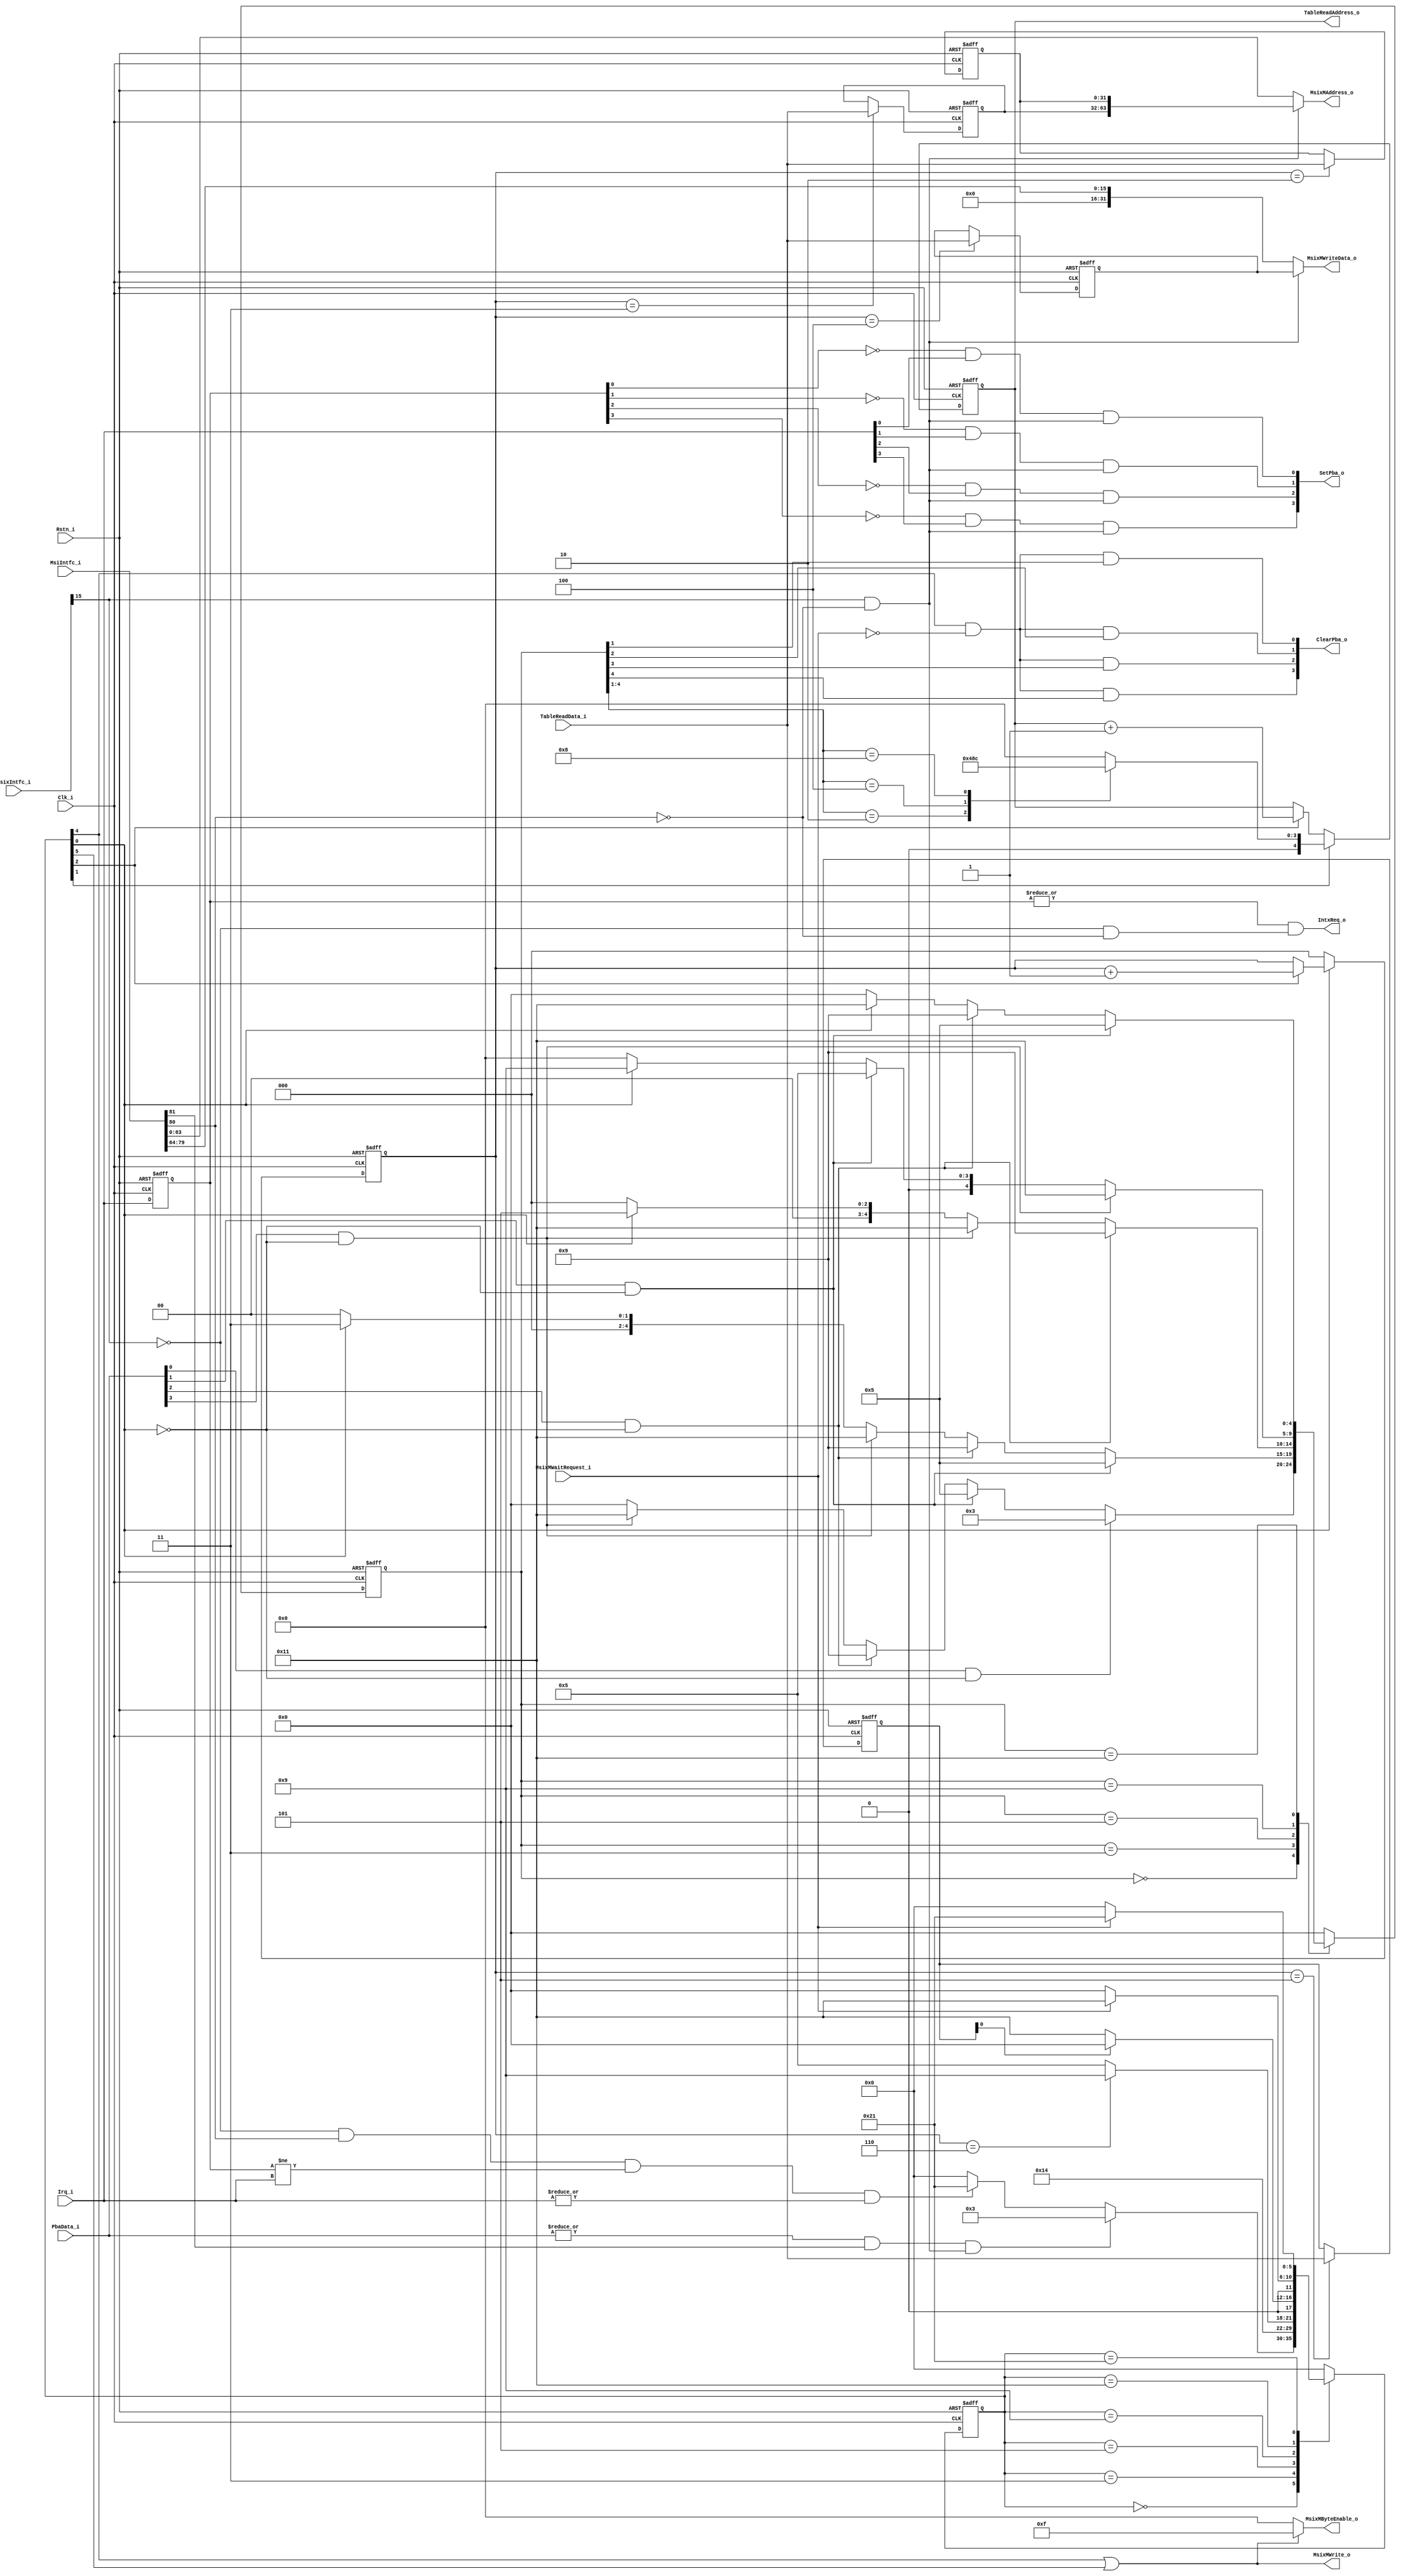
// (C) 1992-2019 Intel Corporation.                            
// Intel, the Intel logo, Intel, MegaCore, NIOS II, Quartus and TalkBack words    
// and logos are trademarks of Intel Corporation or its subsidiaries in the U.S.  
// and/or other countries. Other marks and brands may be claimed as the property  
// of others. See Trademarks on intel.com for full list of Intel trademarks or    
// the Trademarks & Brands Names Database (if Intel) or See www.Intel.com/legal (if Altera) 
// Your use of Intel Corporation's design tools, logic functions and other        
// software and tools, and its AMPP partner logic functions, and any output       
// files any of the foregoing (including device programming or simulation         
// files), and any associated documentation or information are expressly subject  
// to the terms and conditions of the Altera Program License Subscription         
// Agreement, Intel MegaCore Function License Agreement, or other applicable      
// license agreement, including, without limitation, that your use is for the     
// sole purpose of programming logic devices manufactured by Intel and sold by    
// Intel or its authorized distributors.  Please refer to the applicable          
// agreement for further details.                                                 

module msix_trans_gen 
(
    input                                   Clk_i,
    input                                   Rstn_i,
// Master Interface
    output                                  MsixMWrite_o,
    output     [63:0]                       MsixMAddress_o,
    output     [31:0]                       MsixMWriteData_o,
    output     [3:0]                        MsixMByteEnable_o,
    input                                   MsixMWaitRequest_i,

// MSI-X Structure interface
    output    [4:0]                         TableReadAddress_o,    
    input     [31:0]                        TableReadData_i,       
    output    [3:0]                         ClearPba_o,    
    output    [3:0]                         SetPba_o,
    input     [3:0]                         PbaData_i,
 
// IRQ interface
    input     [3:0]                         Irq_i,   
   
/// PCIe Interrupt Interface
    input     [81:0]                        MsiIntfc_i,
    input     [15:0]                        MsixIntfc_i,
    output                                  IntxReq_o
   
);
   
localparam            MSIX_IDLE           = 6'h00;
localparam            MSIX_PIPE           = 6'h03;
localparam            MSIX_READ_TABLE     = 6'h05;  
localparam            MSIX_CHECK_MASK     = 6'h09;  
localparam            MSIX_MSIXWR         = 6'h11;
localparam            MSIX_MSIWR          = 6'h21;

localparam            ARB_IDLE            = 5'h00;
localparam            ARB_GRANT_0         = 5'h03; 
localparam            ARB_GRANT_1         = 5'h05;  
localparam            ARB_GRANT_2         = 5'h09;     
localparam            ARB_GRANT_3         = 5'h11;  

wire                  msix_mode;     
wire                  msi_mode;
wire                  intx_mode;
wire                  master_enable;
wire                  msix_enable;
wire                  msi_enable;       
wire                  vector_masked;
reg    [5:0]          msix_state;
reg    [5:0]          msix_nxt_state;
reg    [4:0]          arb_nxt_state;
reg    [4:0]          arb_state;
wire   [3:0]          msix_grant;
wire                  msix_sm_idle;
wire                  msix_sm_read_table;
wire                  msix_sm_pipe;
wire                  msix_sm_msiwr;
wire                  msix_sm_msixwr;
wire   [63:0]         msix_address;
wire   [31:0]         msix_data;
wire   [63:0]         msi_address;
wire   [15:0]         msi_data;
reg    [1:0]          msi_msg_num;
reg    [4:0]          addr_cntr;
reg    [2:0]          delay_cntr;
reg    [127:0]        msix_entry_reg;
wire                  irq_change;
reg    [3:0]         irq_reg;
wire   [3:0]         irq_rise;


assign msi_enable       = MsiIntfc_i[80];
assign master_enable    = MsiIntfc_i[81];  
assign msix_enable      = MsixIntfc_i[15];
 

assign msix_mode =  msix_enable & ~msi_enable;
assign msi_mode  =  ~msix_enable & msi_enable;
assign intx_mode =  ~msix_enable & ~msi_enable;


/// Generate INtx
assign IntxReq_o = |irq_reg & intx_mode ;


always @(posedge Clk_i or negedge Rstn_i)
 begin
    if(~Rstn_i)
       irq_reg <= 4'h0;
    else
       irq_reg <= Irq_i;   
 end
   
assign irq_change = irq_reg != Irq_i;

always @(posedge Clk_i or negedge Rstn_i)
 begin
    if(~Rstn_i)
       msix_state <= 6'h0;
    else
       msix_state <= msix_nxt_state;   
 end

always @*
begin
    case(msix_state)
       MSIX_IDLE :
          if(|PbaData_i[3:0] & master_enable & msix_mode)
             msix_nxt_state <= MSIX_PIPE;
          else if(msi_mode & irq_change & |Irq_i)
            msix_nxt_state <= MSIX_MSIWR;
          else
             msix_nxt_state <= MSIX_IDLE;
       MSIX_PIPE :
          msix_nxt_state <= MSIX_READ_TABLE;
       MSIX_READ_TABLE :
          if(delay_cntr == 6)  // ram actual read latency + 4 DWs
             msix_nxt_state <= MSIX_CHECK_MASK;
          else
             msix_nxt_state <= MSIX_READ_TABLE;  
                
       MSIX_CHECK_MASK :
          if(vector_masked)
             msix_nxt_state <= MSIX_IDLE;
          else
             msix_nxt_state <= MSIX_MSIXWR;
       MSIX_MSIXWR :
          if(~MsixMWaitRequest_i)
             msix_nxt_state <= MSIX_IDLE;
          else
             msix_nxt_state <= MSIX_MSIXWR;
       MSIX_MSIWR :
          if(~MsixMWaitRequest_i)
             msix_nxt_state <= MSIX_IDLE;
          else
             msix_nxt_state <= MSIX_MSIWR;
       default:
          msix_nxt_state <= MSIX_IDLE;
    endcase
end 

assign   msix_sm_idle          = ~msix_state[0];
assign   msix_sm_read_table    = msix_state[2];
assign   msix_sm_pipe          = msix_state[1];
assign   msix_sm_msiwr         =   msix_state[5];
assign   msix_sm_msixwr        = msix_state[4];

// MSIX Table entry reading
/// IRQ service arbitration (round robin)
      
      
always @(posedge Clk_i or negedge Rstn_i)
begin
  if(~Rstn_i)
     arb_state <= 5'h0;
  else
     arb_state <= arb_nxt_state;   
end

      
always @*
begin
  case(arb_state)
    ARB_IDLE :
       if(PbaData_i[0] & msix_sm_idle)
          arb_nxt_state <= ARB_GRANT_0;
       else if(PbaData_i[1] & msix_sm_idle)
         arb_nxt_state <= ARB_GRANT_1;
       else if(PbaData_i[2] & msix_sm_idle)
         arb_nxt_state <= ARB_GRANT_2;
       else if(PbaData_i[3] & msix_sm_idle)
         arb_nxt_state <= ARB_GRANT_3;
       else
          arb_nxt_state <= ARB_IDLE;
          
    ARB_GRANT_0 :
       if(PbaData_i[1] & msix_sm_idle)
         arb_nxt_state <= ARB_GRANT_1;
       else if(PbaData_i[2] & msix_sm_idle)
         arb_nxt_state <= ARB_GRANT_2;
       else if(PbaData_i[3] & msix_sm_idle)
         arb_nxt_state <= ARB_GRANT_3;
       else if(msix_sm_idle)
          arb_nxt_state <= ARB_IDLE;
       else
          arb_nxt_state <= ARB_GRANT_0;

    ARB_GRANT_1 :
       if(PbaData_i[2] & msix_sm_idle)
         arb_nxt_state <= ARB_GRANT_2;
       else if(PbaData_i[3] & msix_sm_idle)
         arb_nxt_state <= ARB_GRANT_3;
       else if(msix_sm_idle)
          arb_nxt_state <= ARB_IDLE;
       else
          arb_nxt_state <= ARB_GRANT_1;         
          
    ARB_GRANT_2 :
       if(PbaData_i[3] & msix_sm_idle)
         arb_nxt_state <= ARB_GRANT_3;
       else if(PbaData_i[1] & msix_sm_idle)
         arb_nxt_state <= ARB_GRANT_1;
       else if(msix_sm_idle)
          arb_nxt_state <= ARB_IDLE;
       else
          arb_nxt_state <= ARB_GRANT_2;         

    ARB_GRANT_3 :
       if(PbaData_i[1] & msix_sm_idle)
         arb_nxt_state <= ARB_GRANT_1;
       else if(PbaData_i[2] & msix_sm_idle)
         arb_nxt_state <= ARB_GRANT_2;
       else if(msix_sm_idle)
          arb_nxt_state <= ARB_IDLE;
       else
          arb_nxt_state <= ARB_GRANT_3;         
                            
    default:
       arb_nxt_state <= ARB_IDLE;
  endcase
end

assign msix_grant[3:0] = arb_state[4:1];

/// ram address counter
always @ (posedge Clk_i or negedge Rstn_i)
begin
  if(~Rstn_i)
    addr_cntr <= 5'h0;
  else if(msix_sm_pipe)   // load address based on grant
    case (msix_grant)
       4'b0010 :    addr_cntr <= 5'h4;
       4'b0100 :    addr_cntr <= 5'h08;
       4'b1000 :    addr_cntr <= 5'hC;
       default :    addr_cntr <= 5'h0;
    endcase
  else if(msix_sm_read_table)
    addr_cntr <= addr_cntr + 1;
end
   
// ram delay counter   
always @ (posedge Clk_i or negedge Rstn_i)
begin
  if(~Rstn_i)
     delay_cntr <= 3'h0;
  else if(msix_sm_idle)   
     delay_cntr <= 3'h0;
  else if(msix_sm_read_table)
     delay_cntr <= delay_cntr + 1;
end

/// table entry register

generate
  genvar i;
  for(i=0; i< 4; i=i+1)
  begin : TABLE_ENTRY
    always@ (posedge Clk_i or negedge Rstn_i)
    begin
       if(~Rstn_i)
          msix_entry_reg[((i+1)*32)-1:i*32] <= 32'h0;
       else if(delay_cntr == (i + 2))   
          msix_entry_reg[((i+1)*32)-1:i*32] <= TableReadData_i;
    end
  end
endgenerate

assign vector_masked = msix_entry_reg[96];
/// Clearing the PBA bits
assign irq_rise[0]              = ~irq_reg[0] & Irq_i[0];
assign ClearPba_o[0]            = (msix_sm_msixwr & ~MsixMWaitRequest_i & msix_grant[0]);
assign SetPba_o[0]              = irq_rise[0] & msix_mode;

assign irq_rise[1]              = ~irq_reg[1] & Irq_i[1];
assign ClearPba_o[1]            = (msix_sm_msixwr & ~MsixMWaitRequest_i & msix_grant[1]);
assign SetPba_o[1]              = irq_rise[1] & msix_mode;

assign irq_rise[2]              = ~irq_reg[2] & Irq_i[2];
assign ClearPba_o[2]            = (msix_sm_msixwr & ~MsixMWaitRequest_i & msix_grant[2]);
assign SetPba_o[2]              = irq_rise[2] & msix_mode;

assign irq_rise[3]              = ~irq_reg[3] & Irq_i[3];
assign ClearPba_o[3]            = (msix_sm_msixwr & ~MsixMWaitRequest_i & msix_grant[3]);
assign SetPba_o[3]              = irq_rise[3] & msix_mode;


// Write address/data
always @*  // encode lower 2 bits of MSI data
begin
   case(Irq_i)
     4'b0010 : msi_msg_num <= 2'b01;      
     4'b0100 : msi_msg_num <= 2'b10;
     4'b1000 : msi_msg_num <= 2'b11;   
     default :   msi_msg_num <= 2'b00;
   endcase
end
  
assign TableReadAddress_o = addr_cntr[4:0];
  
assign msix_address      = msix_entry_reg[63:0];
assign msi_address      = MsiIntfc_i[63:0];        
assign msix_data         = msix_entry_reg[95:64];
assign msi_data          = MsiIntfc_i[79:64];


assign MsixMWrite_o      = (msix_sm_msixwr | msix_sm_msiwr);
assign MsixMAddress_o    = msix_mode? msix_address : msi_address;
assign MsixMWriteData_o  = msix_mode? msix_data : {16'b0, msi_data};
assign MsixMByteEnable_o = (msix_sm_msixwr | msix_sm_msiwr)? 4'b1111 : 4'b0000;

 
endmodule